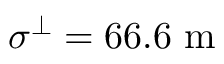
\sigma ^ { \perp } = 6 6 . 6 \mathrm { ~ m ~ }